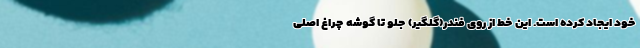
خود ایجاد کرده است. این خط از روی فندر(گلگیر) جلو تا گوشه چراغ اصلی